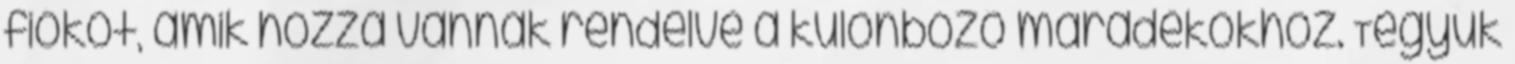
fiókot, amik hozzá vannak rendelve a különböző maradékokhoz. Tegyük